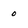
Character: 0